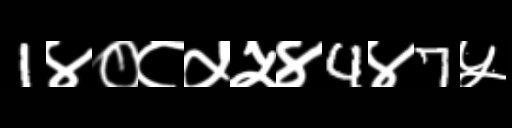
Text: 1४०८५५४4४7५